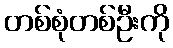
တစ်စုံတစ်ဦးကို